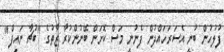
ފުލުހުން ބުނީ އެސަރަހައްދުން ފެނުނީ މަސް ކޮށަން ބޭނުންކުރާ ޒާތުގެ "ބުޗާ ނައިފް"